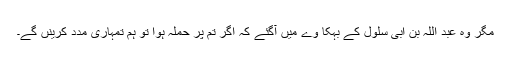
مگر وہ عبد اللہ بن ابی سلول کے بہکا وے میں آگئے کہ اگر تم پر حملہ ہوا تو ہم تمہاری مدد کرینں گے۔